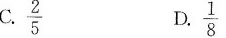
$$\frac{2}{5}$$ $$\frac{1}{8}$$